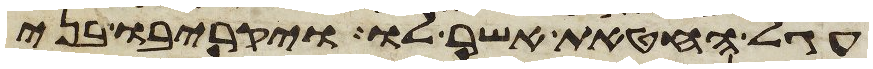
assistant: עגל החטאת אשר לו ויקריבו בני